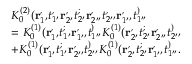
\begin{array} { r l } & { K _ { 0 } ^ { ( 2 ) } ( \mathbf { r } _ { 1 ^ { \prime } } ^ , t _ { 1 ^ { \prime } } ^ , \mathbf { r } _ { 2 ^ { \prime } } ^ , t _ { 2 ^ { \prime } } ^ ; \mathbf { r } _ { 2 ^ { \prime \prime } } ^ , t _ { 2 ^ { \prime \prime } } ^ , \mathbf { r } _ { 1 ^ { \prime \prime } } ^ , t _ { 1 ^ { \prime \prime } } ^ ) } \\ & { = K _ { 0 } ^ { ( 1 ) } ( \mathbf { r } _ { 1 ^ { \prime } } ^ , t _ { 1 ^ { \prime } } ^ ; \mathbf { r } _ { 1 ^ { \prime \prime } } ^ , t _ { 1 ^ { \prime \prime } } ^ ) K _ { 0 } ^ { ( 1 ) } ( \mathbf { r } _ { 2 ^ { \prime } } ^ , t _ { 2 ^ { \prime } } ^ ; \mathbf { r } _ { 2 ^ { \prime \prime } } ^ , t _ { 2 ^ { \prime \prime } } ^ ) } \\ & { + K _ { 0 } ^ { ( 1 ) } ( \mathbf { r } _ { 1 ^ { \prime } } ^ , t _ { 1 ^ { \prime } } ^ ; \mathbf { r } _ { 2 ^ { \prime \prime } } ^ , t _ { 2 ^ { \prime \prime } } ^ ) K _ { 0 } ^ { ( 1 ) } ( \mathbf { r } _ { 2 ^ { \prime } } ^ , t _ { 2 ^ { \prime } } ^ ; \mathbf { r } _ { 1 ^ { \prime \prime } } ^ , t _ { 1 ^ { \prime \prime } } ^ ) . } \end{array}